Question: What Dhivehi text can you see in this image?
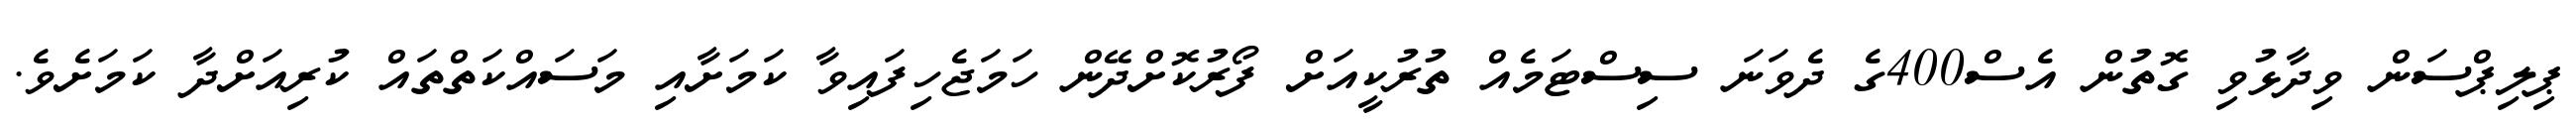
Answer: ޕިލިޕްސަން ވިދާޅުވި ގޮތުން އެސް400ގެ ދެވަނަ ސިސްޓަމެއް ތުރުކީއަށް ފޯރުކޮށްދޭން ހަމަޖެހިފައިވާ ކަމަށާއި މަސައްކަތްތައް ކުރިއަށްދާ ކަމަށެވެ.